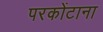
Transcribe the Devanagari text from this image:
परकोंटाना